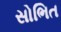
સોભિત